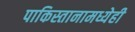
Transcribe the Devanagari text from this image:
पाकिस्तानामध्येही